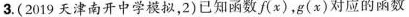
3.(2019天津南开中学模拟，2)已知函数f(x)，g(x)对应的函数